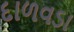
દાળવડા